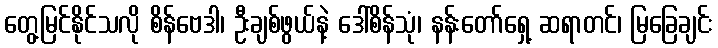
တွေ့မြင်နိုင်သလို စိန်ဗေဒါ၊ ဦးချစ်ဖွယ်နဲ့ ဒေါ်စိန်သုံ၊ နန်းတော်ရှေ့ ဆရာတင်၊ မြခြေချင်း